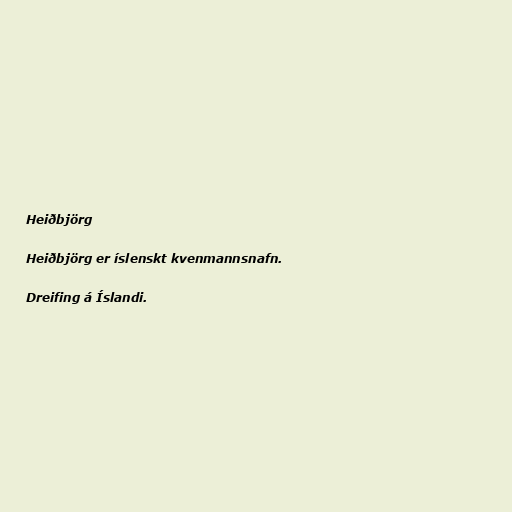
Heiðbjörg

Heiðbjörg er íslenskt kvenmannsnafn.

Dreifing á Íslandi.